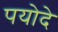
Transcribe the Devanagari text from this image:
पयोदे